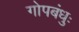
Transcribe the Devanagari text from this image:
गोपबंधुः